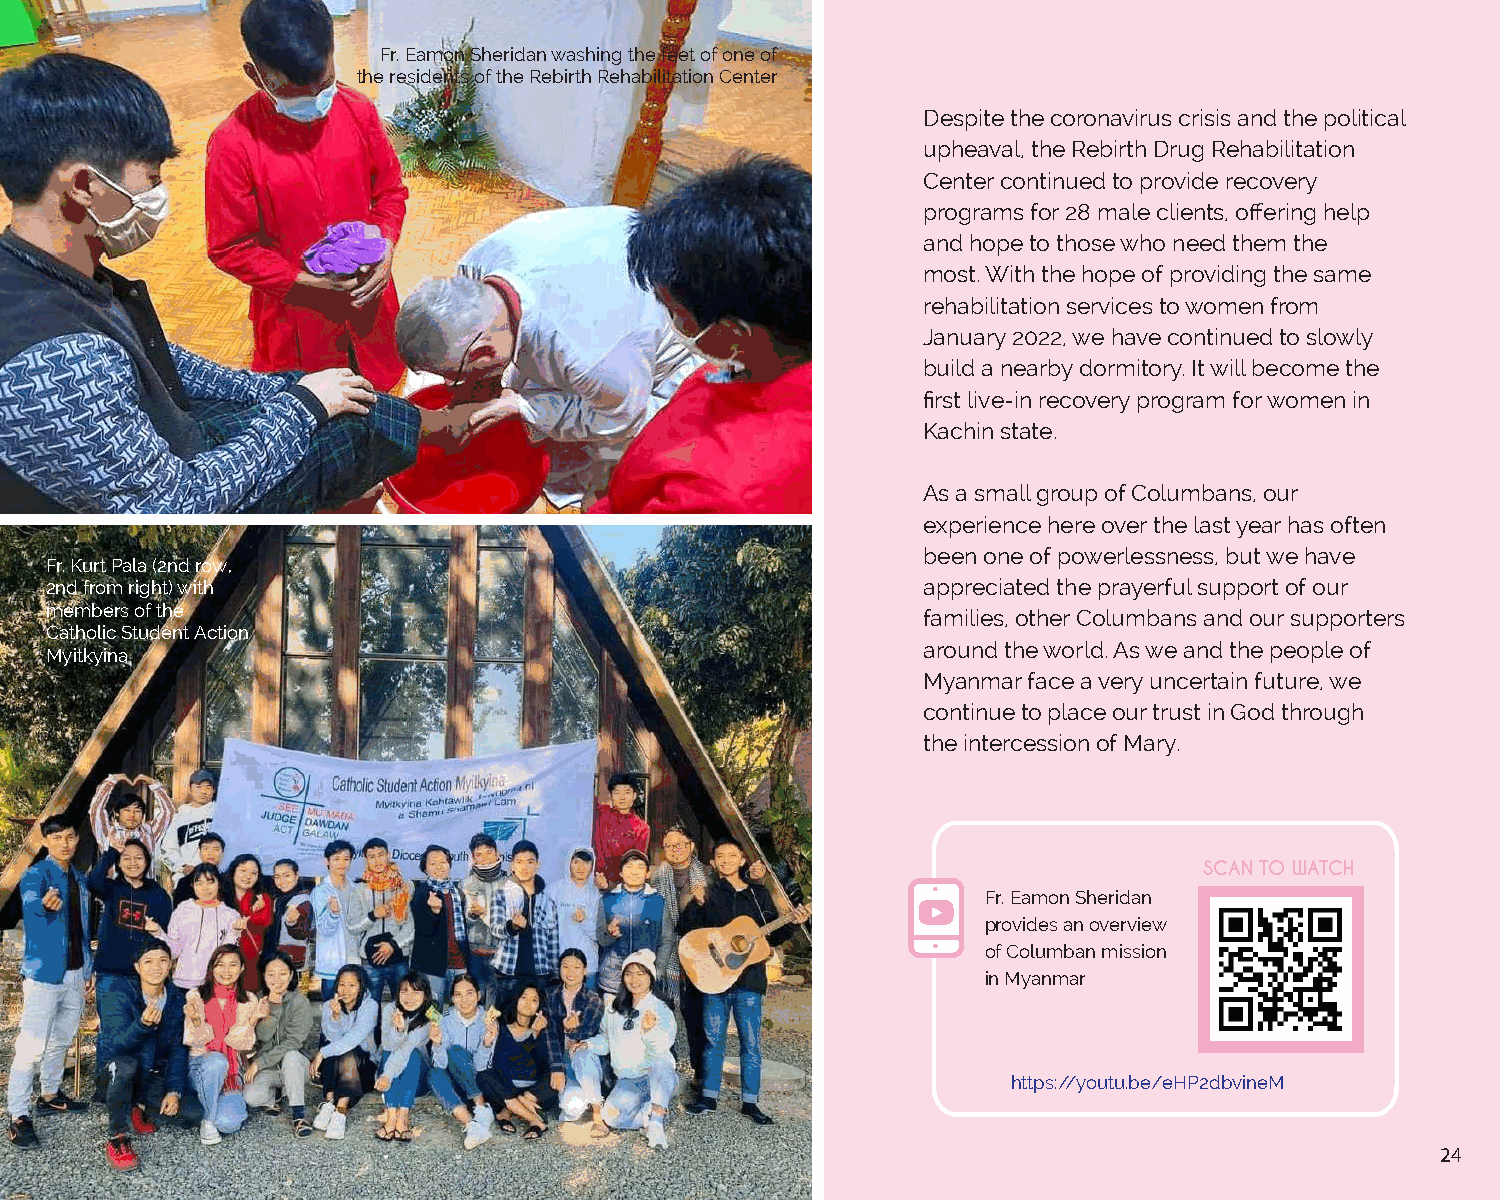
Fr. Eamon Sheridan washing the feet of one of
 the residents of the Rebirth Rehabilitation Center
 Despite the coronavirus crisis and the political
 upheaval, the Rebirth Drug Rehabilitation
 Center continued to provide recovery
 programs for 28 male clients, offering help
 and hope to those who need them the
 most. With the hope of providing the same
 rehabilitation services to women from
 January 2022, we have continued to slowly
 build a nearby dormitory. It will become the
 first live-in recovery program for women in
 Kachin state.
 As a small group of Columbans, our
 experience here over the last year has often
 been one of powerlessness, but we have
 Fr. Kurt Pala (2nd row,
 2nd from right) with                                      appreciated the prayerful support of our
 members of the
 families, other Columbans and our supporters
 Catholic Student Action
 around the world. As we and the people of
 Myitkyina
 Myanmar face a very uncertain future, we
 continue to place our trust in God through
 the intercession of Mary.
 SCAN TO WATCH
 Fr. Eamon Sheridan
 provides an overview
 of Columban mission
 in Myanmar
 https://youtu.be/eHP2dbvineM
 24